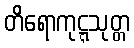
တိရောကုဋ္ဋသုတ္တ